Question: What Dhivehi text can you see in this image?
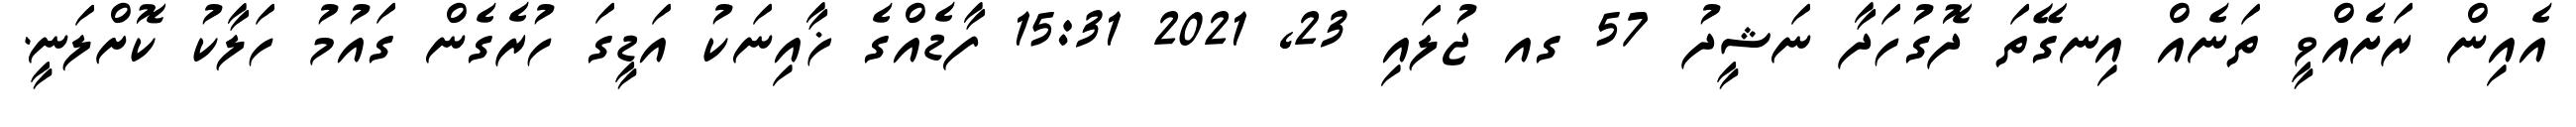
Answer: އެއިން ރަށެއްވީ ތަނެއް އިނގޭތަ ދޮގުހަދާ ނަޝީދު 57 ގއ ޖުލައި 23, 2021 15:31 ފާޑެއްގެ ޚާއިނަކު އަޑީގަ ހުރެގެން ގައުމު ހަލާކު ކޮށްލަނީ.